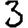
Digit: 3